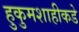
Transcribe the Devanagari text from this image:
हुकुमशाहीकडे